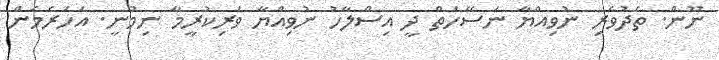
ނޫން. ތެދުވެރި ނުވިއްޔާ ނަސޭހަތް ދީ އިސްލާހު ނުވިއްޔާ ވަރިކުރީމާ ނިމުނީ. އަހަރެމެން